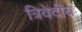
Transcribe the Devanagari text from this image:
त्रिवेदीय